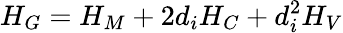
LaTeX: H_{G}=H_{M}+2d_{i}H_{C}+d_{i}^{2}H_{V}